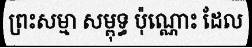
ព្រះសម្មា សម្ពុទ្ធ ប៉ុណ្ណោះ ដែល